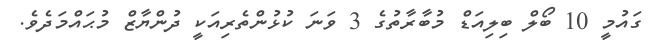
ގައުމީ 10 ބޯލް ބިލިއަޑް މުބާރާތުގެ 3 ވަނަ ކުޅުންތެރިއަކީ ދުންޔާޒް މުޙައްމަދެވެ.